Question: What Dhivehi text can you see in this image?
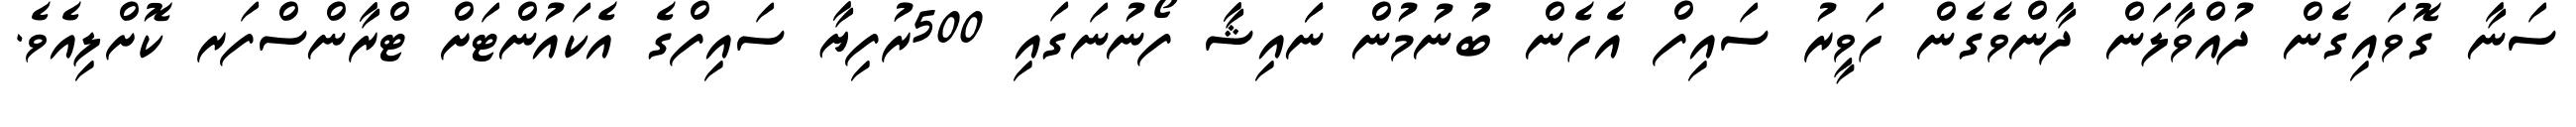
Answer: ސަނާ ގޮވައިގެން ދުއްވާލަން ދާންވެގެން ހަވީރު ސައިފް އެހެން ބުނުމުން ނަައިޝާ ފޯނުނަގައި 500ރުފިޔާ ސައިފްގެ އެކައުންޓަށް ޓްރާންސްފަރ ކޮށްލިއެވެ.